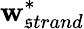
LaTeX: \mathbf{w}_{\mathfrak{s}trand}^{*}